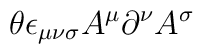
\theta \epsilon_{\mu\nu\sigma}A^\mu\partial^\nu A^\sigma